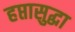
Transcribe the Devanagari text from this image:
हप्तासुद्धा